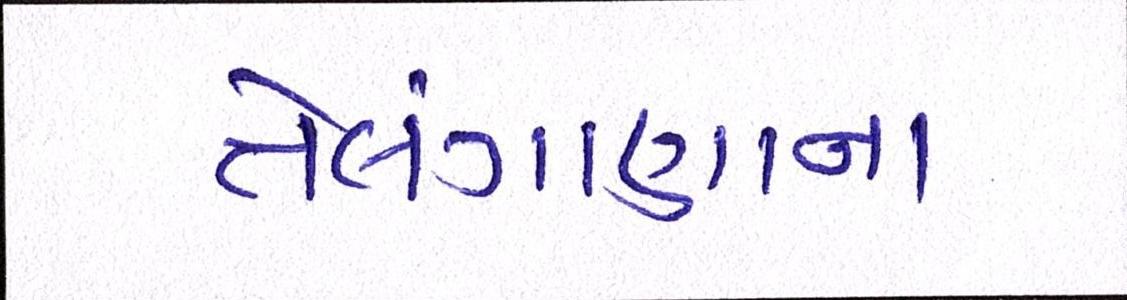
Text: તેલંગાણાના